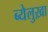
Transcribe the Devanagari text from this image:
ब्येलुख़ा